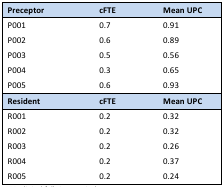
<table><thead><tr><td><b>Preceptor</b></td><td><b>cFTE</b></td><td><b>Mean UPC</b></td></tr></thead><tbody><tr><td>P001</td><td>0.7</td><td>0.91</td></tr><tr><td>P002</td><td>0.6</td><td>0.89</td></tr><tr><td>P003</td><td>0.5</td><td>0.56</td></tr><tr><td>P004</td><td>0.3</td><td>0.65</td></tr><tr><td>P005</td><td>0.6</td><td>0.93</td></tr><tr><td><b>Resident</b></td><td><b>cFTE</b></td><td><b>Mean UPC</b></td></tr><tr><td>R001</td><td>0.2</td><td>0.32</td></tr><tr><td>R002</td><td>0.2</td><td>0.32</td></tr><tr><td>R003</td><td>0.2</td><td>0.26</td></tr><tr><td>R004</td><td>0.2</td><td>0.37</td></tr><tr><td>R005</td><td>0.2</td><td>0.24</td></tr></tbody></table>